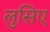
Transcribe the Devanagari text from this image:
लुसिए